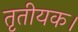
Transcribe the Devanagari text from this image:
तृतीयक।